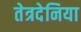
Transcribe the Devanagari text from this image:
तेत्रदेनिया